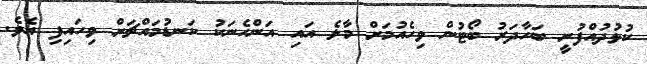
ކުޅުދުއްފުށީ ބަހާދަރު ބޯޓުން ވިހެއުމަށް މާލެ އައި އަންހެނަކު ކަނޑުމައްޗަށް ވިހައިފި އެވެ.